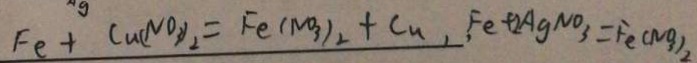
F e + C u ( N O _ { 3 } ) _ { 2 } = F e ( N O _ { 3 } ) _ { 2 } + C u , F e + 2 A g N O _ { 3 } = F e ( N o _ { 3 } ) _ { 2 }